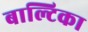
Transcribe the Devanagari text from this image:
बाल्टिका